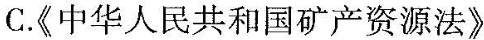
C.《中华人民共和国矿产资源法》